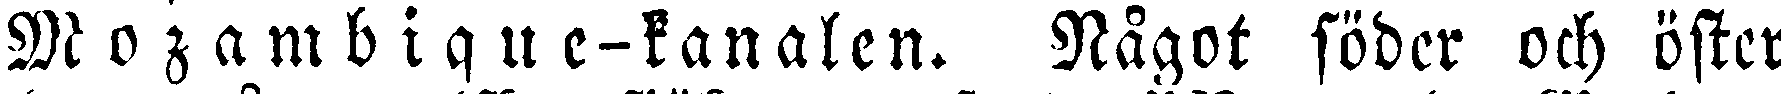
Mozambique-kanalen. Något söder och öster